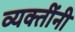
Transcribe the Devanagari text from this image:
व्‍यक्‍तींनी